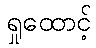
ရှုထောင့်